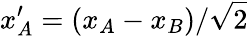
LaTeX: x_{A}^{\prime}=(x_{A}-x_{B})/\sqrt 2